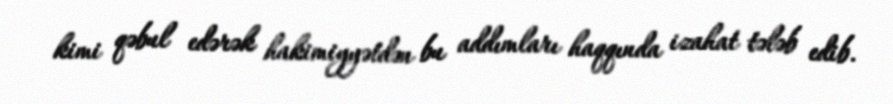
kimi qəbul edərək hakimiyyətdən bu addımları haqqında izahat tələb edib.